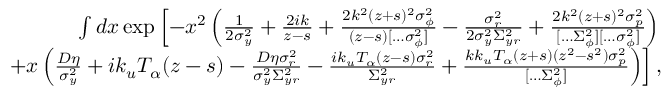
\begin{array} { r l r } & { } & { \int d x \exp \left[ - x ^ { 2 } \left( \frac { 1 } { 2 \sigma _ { y } ^ { 2 } } + \frac { 2 i k } { z - s } + \frac { 2 k ^ { 2 } ( z + s ) ^ { 2 } \sigma _ { \phi } ^ { 2 } } { ( z - s ) [ \hdots \sigma _ { \phi } ^ { 2 } ] } - \frac { \sigma _ { r } ^ { 2 } } { 2 \sigma _ { y } ^ { 2 } \Sigma _ { y r } ^ { 2 } } + \frac { 2 k ^ { 2 } ( z + s ) ^ { 2 } \sigma _ { p } ^ { 2 } } { [ \hdots \Sigma _ { \phi } ^ { 2 } ] [ \hdots \sigma _ { \phi } ^ { 2 } ] } \right) \right. } \\ & { } & { \qquad \left. + x \left( \frac { D \eta } { \sigma _ { y } ^ { 2 } } + i k _ { u } T _ { \alpha } ( z - s ) - \frac { D \eta \sigma _ { r } ^ { 2 } } { \sigma _ { y } ^ { 2 } \Sigma _ { y r } ^ { 2 } } - \frac { i k _ { u } T _ { \alpha } ( z - s ) \sigma _ { r } ^ { 2 } } { \Sigma _ { y r } ^ { 2 } } + \frac { k k _ { u } T _ { \alpha } ( z + s ) ( z ^ { 2 } - s ^ { 2 } ) \sigma _ { p } ^ { 2 } } { [ \hdots \Sigma _ { \phi } ^ { 2 } ] } \right) \right] , } \end{array}